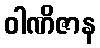
ဝါဏိဇာန